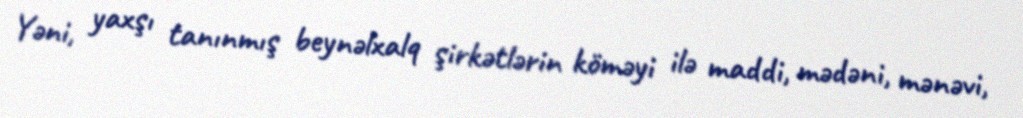
Yəni, yaxşı tanınmış beynəlxalq şirkətlərin köməyi ilə maddi, mədəni, mənəvi,